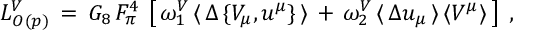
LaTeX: { \cal L } _ { { \cal O } ( p ) } ^ { V } \, = \, G _ { 8 } \, F _ { \pi } ^ { 4 } \, \left[ \, \omega _ { 1 } ^ { V } \, \langle \, \Delta \, \{ V _ { \mu } , u ^ { \mu } \} \, \rangle \, + \, \omega _ { 2 } ^ { V } \, \langle \, \Delta u _ { \mu } \, \rangle \, \langle V ^ { \mu } \rangle \, \right] \; ,